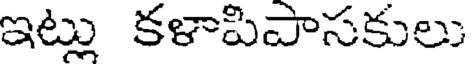
ఇట్లు కళాపిపాసకులు